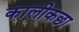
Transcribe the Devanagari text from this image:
कालीकछा